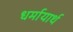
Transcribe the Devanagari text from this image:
धर्मायार्थ